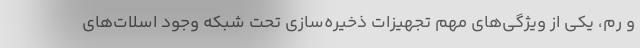
و رم، یکی از ویژگی‌های مهم تجهیزات ذخیره‌سازی تحت شبکه وجود اسلات‌های